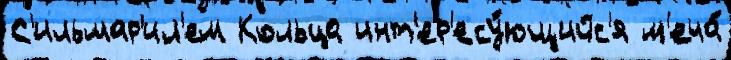
С'ильмар'ил'ем Кольца инт'ер'есу́ющийс'я м'еча́